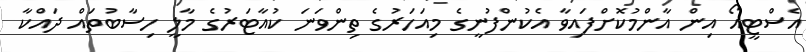
އެސްޓީއޯ އިން އާންމުކޮށްފައިވާ އެކުންފުނީގެ މިއަަހަރުގެ ތިންވަނަ ކުއާޓަރުގެ މާލީ ހިސާބުތައް ދައްކާ